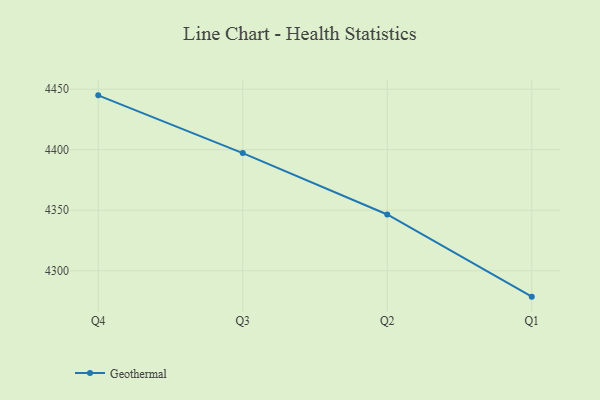
{"axis": {"x": "Quarter", "y": "Demand Index"}, "legend": ["Geothermal"], "data": [{"x": "Q4", "y": 4444.9, "type": "Geothermal"}, {"x": "Q3", "y": 4397.2, "type": "Geothermal"}, {"x": "Q2", "y": 4346.5, "type": "Geothermal"}, {"x": "Q1", "y": 4278.6, "type": "Geothermal"}]}